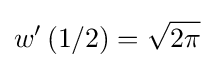
w'\left(1/2\right)={\sqrt {2\pi }}